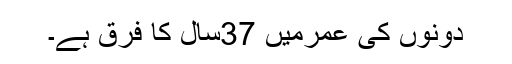
دونوں کی عمرمیں 37سال کا فرق ہے۔